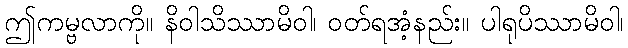
ဤကမ္ဗလာကို။ နိဝါသိဿာမိဝါ၊ ဝတ်ရအံ့နည်း။ ပါရုပိဿာမိဝါ၊